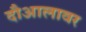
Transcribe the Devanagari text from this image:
दौआलावर